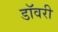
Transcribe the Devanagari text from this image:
डॉवरी